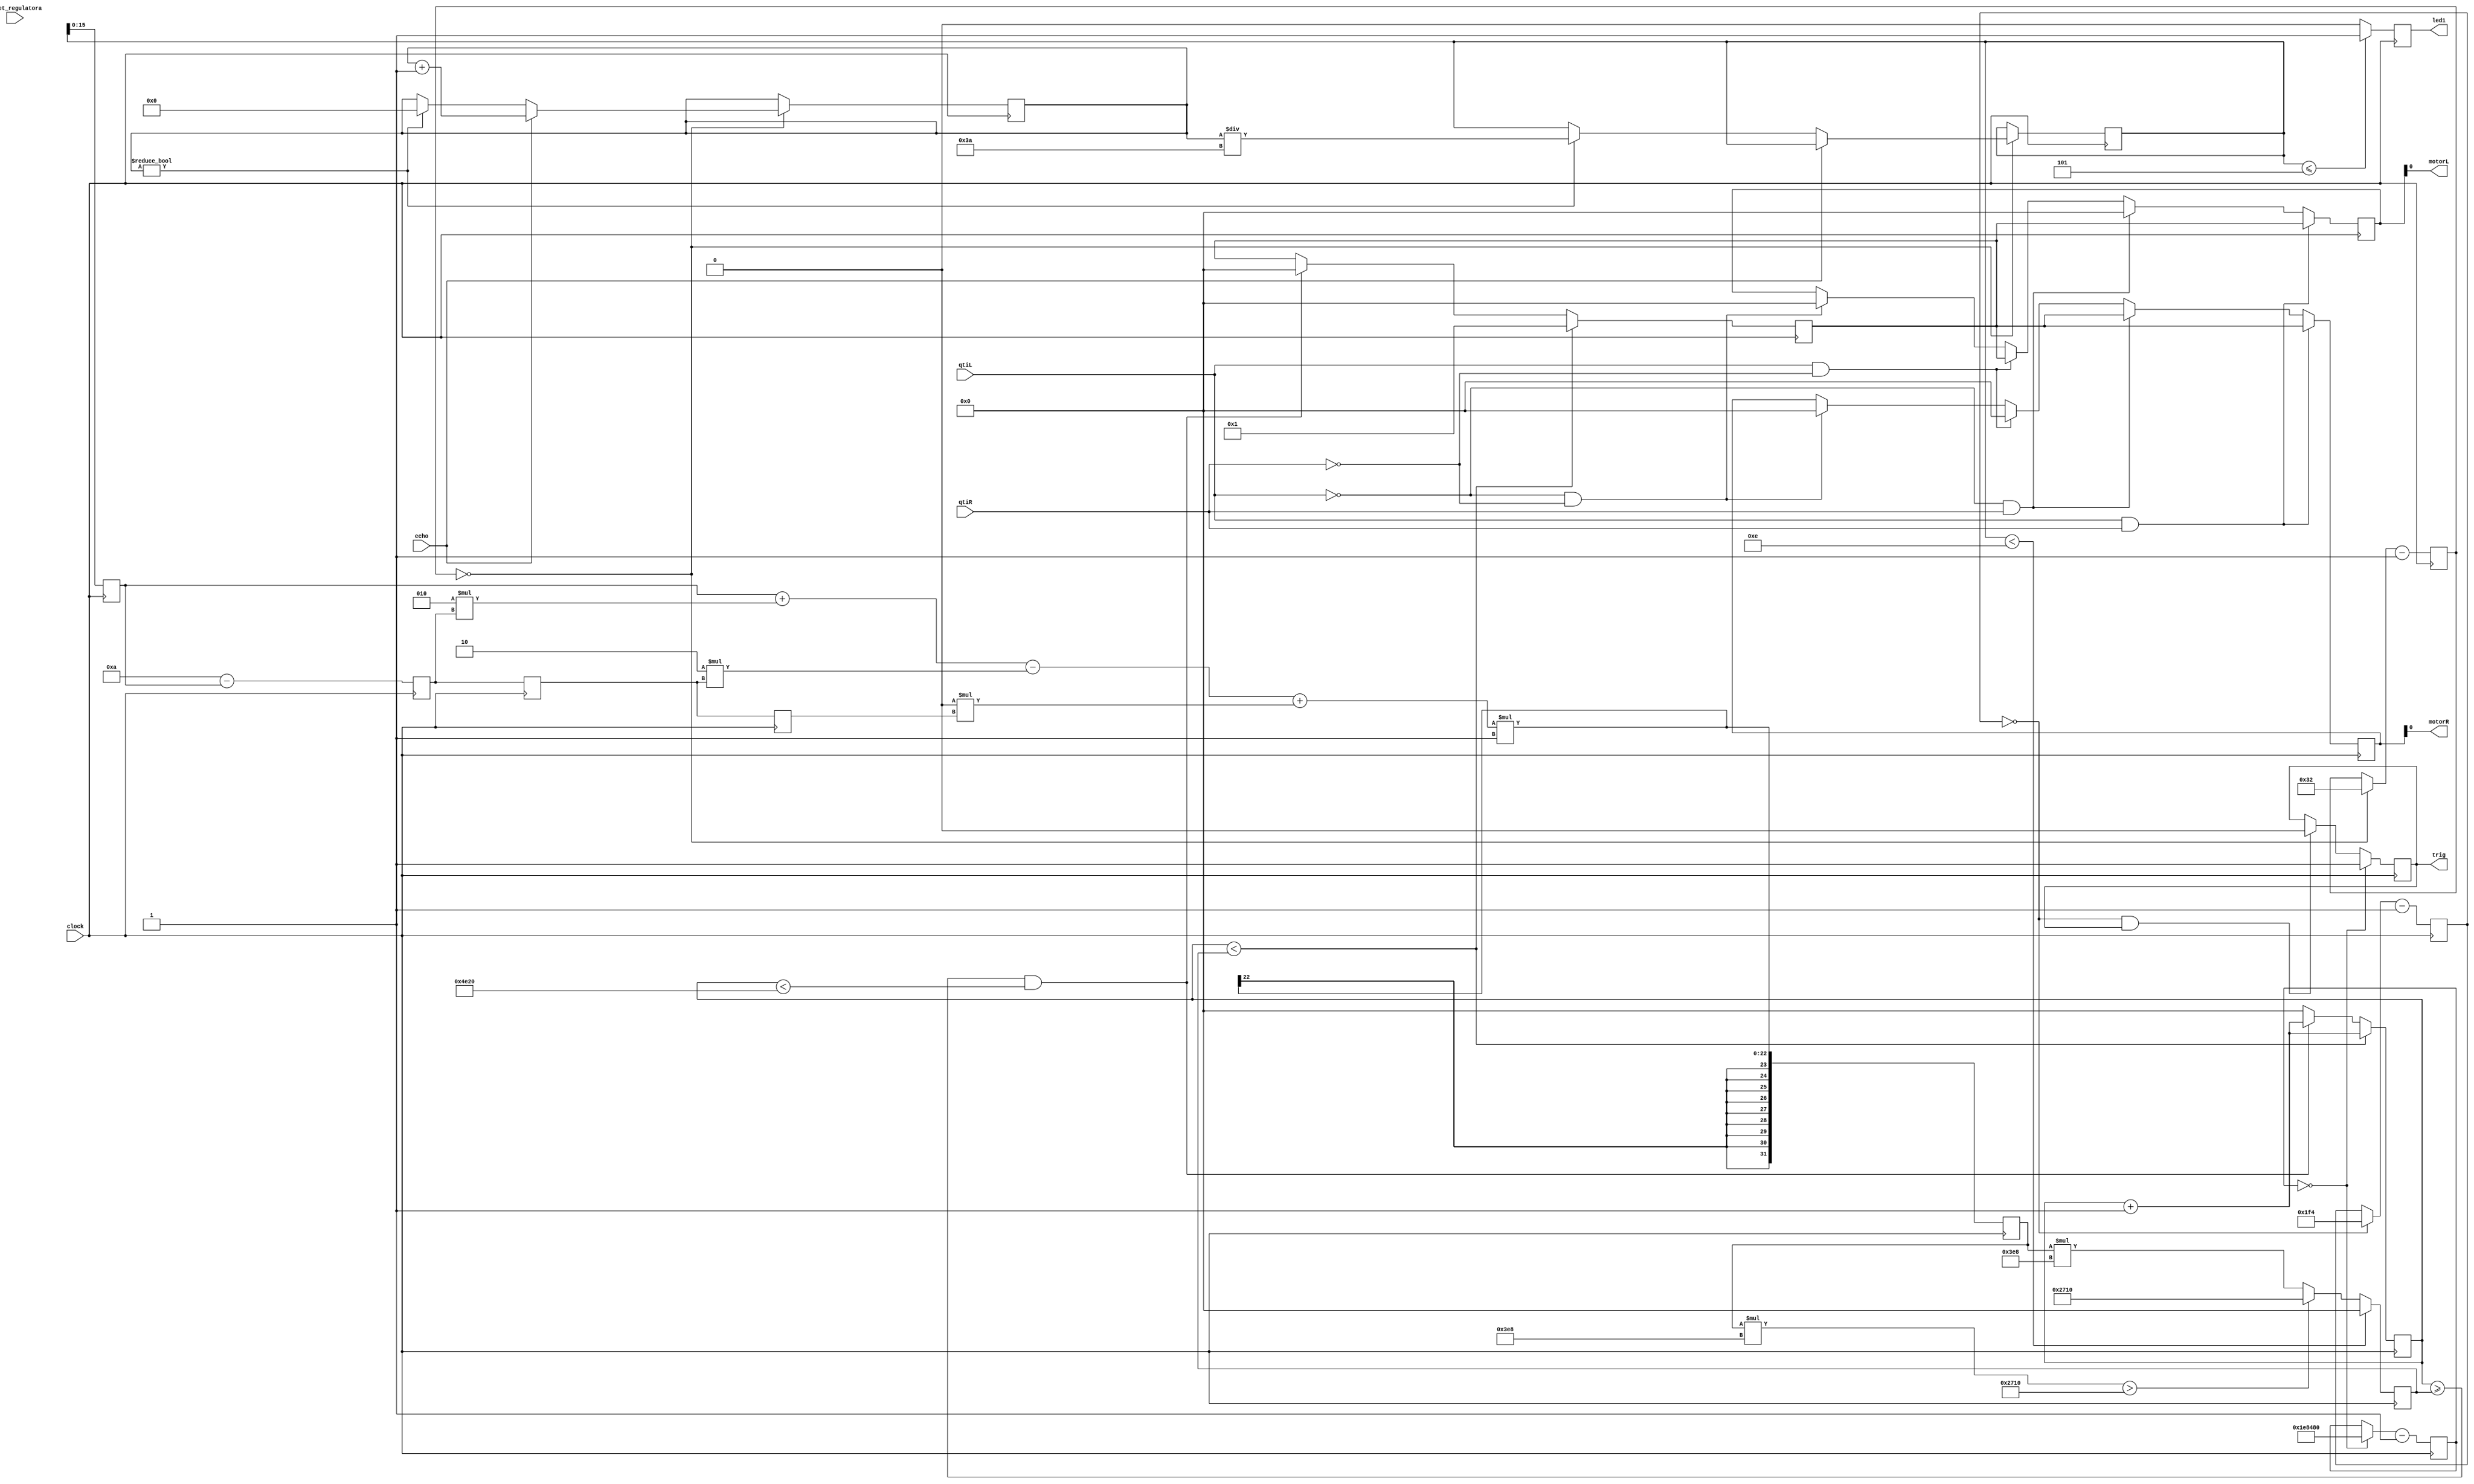
module DistanceControl(
	input clock,
	output trig,
	input echo,
	output wire motorL,
	output wire motorR,
	output reg led1,
	input qtiL,
	input qtiR,
	input reset_regulatora
);
reg [32:0] distance;
reg [32:0] us_counter = 0;
reg ptrig = 1'b0;

reg[15:0] brojac; //Broja
reg[15:0] impuls; 
reg[15:0] izlaz; 
reg[15:0] outL; 
reg[15:0] outR;

parameter kp=2; 
parameter kd=0; 
parameter ki=0;
parameter k1=kp+ ki + kd; 
parameter k2 = -kp -2*kd;
parameter k3 = kd; 
reg signed [15:0] u_prev; 
reg signed [15:0] e_prev[1:2];

reg signed [31:0] u_out;
reg signed [15:0] e_in;

reg [9:0] one_us_cnt = 0;
wire one_us = (one_us_cnt == 0);

reg [9:0] ten_us_cnt = 0;
wire ten_us = (ten_us_cnt == 0);

reg [21:0] forty_ms_cnt = 0;
wire forty_ms = (forty_ms_cnt == 0);

assign trig = ptrig;

// ULTRASONICNI
always @(posedge clock) begin
	one_us_cnt <= (one_us ? 50 : one_us_cnt) - 1;
	ten_us_cnt <= (ten_us ? 500 : ten_us_cnt) - 1;
	forty_ms_cnt <= (forty_ms ? 2000000 : forty_ms_cnt) - 1;
	
	if (ten_us && ptrig)
		ptrig <= 1'b0;
	
	if (one_us) begin	
		if (echo)
			us_counter <= us_counter + 1;
		else if (us_counter) begin
			distance <= us_counter / 58;
			us_counter <= 0;
		end
	end
	
   if (forty_ms)
		ptrig <= 1'b1;
		
	if(distance <= 32'd5)
		led1 = 1'b1;
	else
		led1 = 1'b0;
end


//PID
 always @ (posedge clock)

 begin
 
 e_in <= 10 - u_prev;
 e_prev[2] <= e_prev[1]; 
 e_prev[1] <= e_in;
 u_prev <= distance; 
 u_out=(u_prev+k1*e_in-k2*e_prev[1]+k3*e_prev[2]) * (-1);
 end 

 // PWM
always@( posedge clock )
begin
if(distance < 16'd14)
impuls<=16'd0;
else if ((u_out)*1000 > 16'd10000)
impuls<=16'd10000;
else
impuls <= (u_out)*1000;

//impuls<=16'd5000; // duty cycle on 0 - 100% -> 0 - 20000  
if( brojac<impuls ) 
begin
izlaz<=16'b1;
brojac<=brojac+16'd1;
end

else if( brojac >= impuls && brojac < 16'd20000 ) //Frekvencija 2.5kHz

begin
brojac<=brojac+16'd1;
izlaz<=16'b0;
end

else //Resetovanje brojaa
brojac<=16'd0;

if(qtiL == 1 && qtiR == 1)
		begin
		outL = izlaz;
		outR = izlaz;
		end
else if (qtiL == 0 && qtiR == 1)
		begin
		outL = 16'd0;
		outR = izlaz;
		end	
else if (qtiL == 1 && qtiR == 0)
		begin
		outL = izlaz;
		outR = 16'd0;
		end	
else if (qtiL == 0 && qtiR == 0)
		begin
		outL = 16'd0;
		outR = 16'd0;
		end		
end

assign motorL =outL;
assign motorR =outR;
//Dodjeljivanje vrijednosti na izlazni pin, odnosno na motore
endmodule